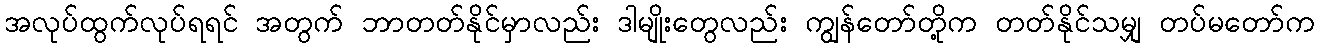
အလုပ်ထွက်လုပ်ရရင် အတွက် ဘာတတ်နိုင်မှာလည်း ဒါမျိုးတွေလည်း ကျွန်တော်တို့က တတ်နိုင်သမျှ တပ်မတော်က